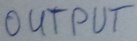
Text: OUTPUT